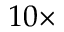
1 0 \times